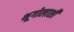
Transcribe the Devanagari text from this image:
भूगोलाशी